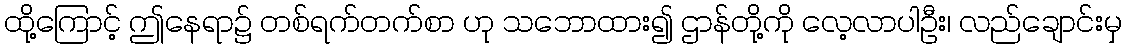
ထို့ကြောင့် ဤနေရာ၌ တစ်ရက်တက်စာ ဟု သဘောထား၍ ဌာန်တို့ကို လေ့လာပါဦး၊ လည်ချောင်းမှ